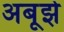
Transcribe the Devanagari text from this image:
अबूझे